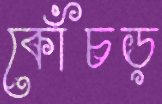
কোঁচড়